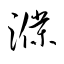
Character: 濮